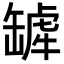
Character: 𬙓